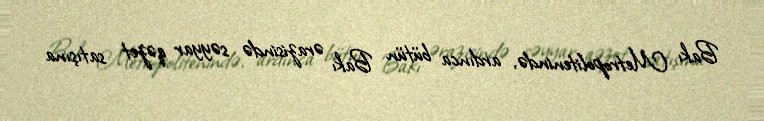
Bakı Metropolitenində, ardınca bütün Bakı ərazisində səyyar qəzet satışına